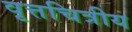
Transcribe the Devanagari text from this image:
वृत्तचित्रीय